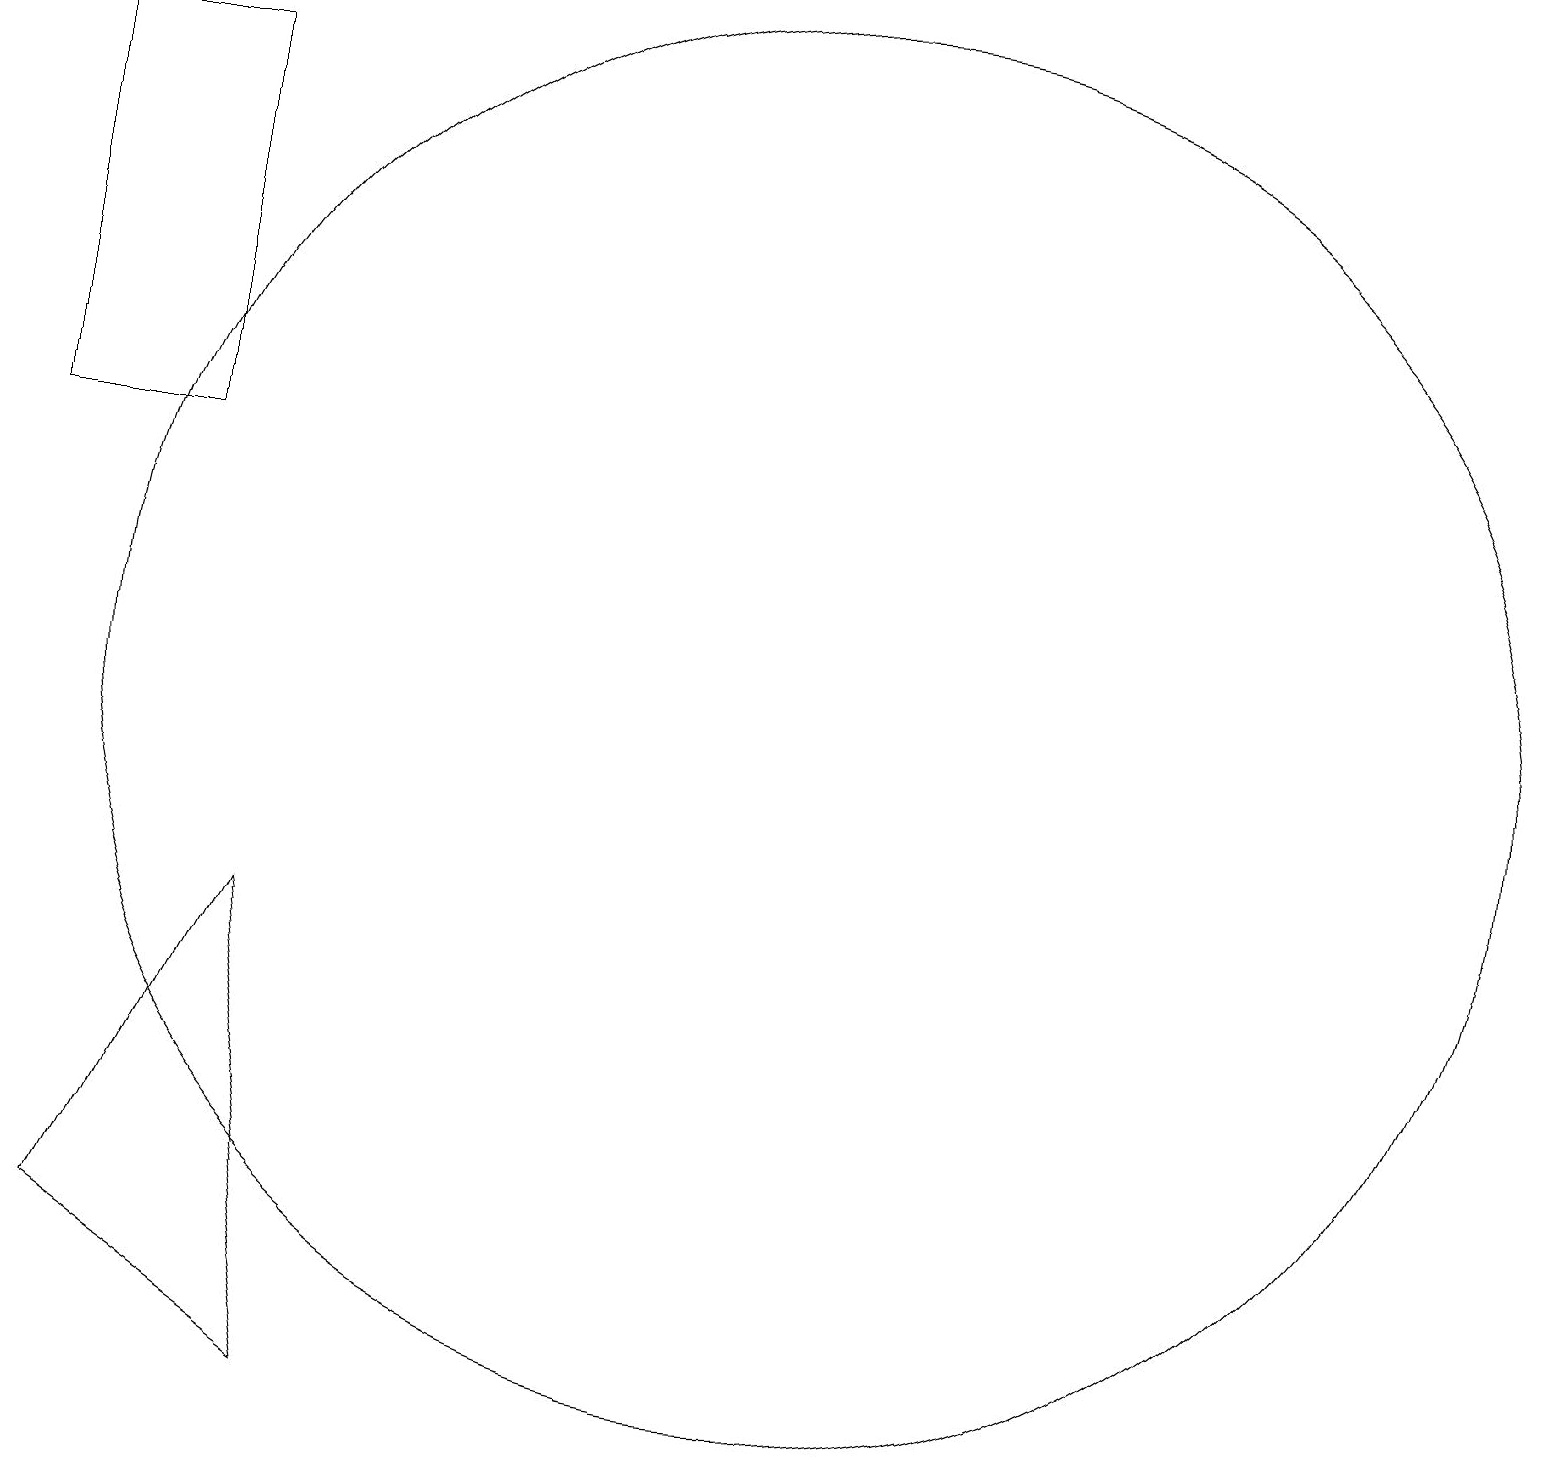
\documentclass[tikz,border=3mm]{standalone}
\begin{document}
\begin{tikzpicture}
\draw (11,10) circle (9);
\draw (5,1) -- (4,7) -- (2,3) -- cycle;
\draw (1,18) rectangle (3,13);
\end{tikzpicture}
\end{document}